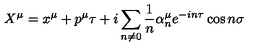
X ^ { \mu } = x ^ { \mu } + p ^ { \mu } \tau + i \sum _ { n \neq 0 } \frac { 1 } { n } { \alpha } _ { n } ^ { \mu } e ^ { - i n \tau } \cos { n \sigma }